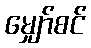
မျှော်စင်